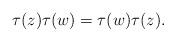
LaTeX: \begin{align*}\tau(z)\tau(w)=\tau(w)\tau(z). \end{align*}